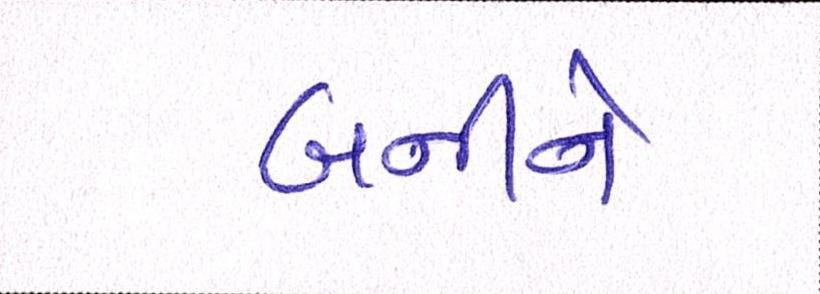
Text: બનીને